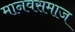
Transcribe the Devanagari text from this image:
मानवसमाज